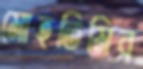
মোহতিমির